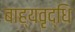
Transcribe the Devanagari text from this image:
बाह्यवृद्धि